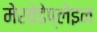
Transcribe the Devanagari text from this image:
मेरवेडेप्लेइन